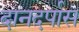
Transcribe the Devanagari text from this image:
दानदर्पास